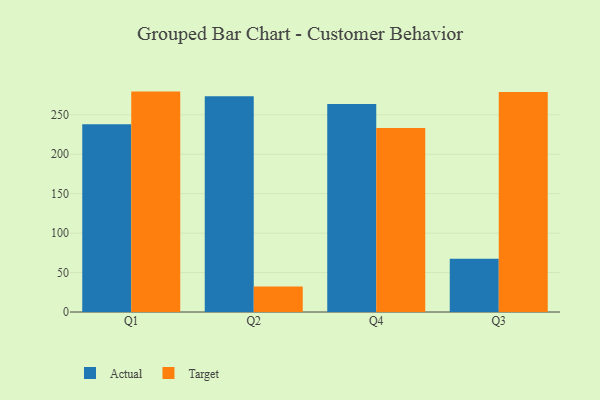
{"axis": {"x": "Quarter", "y": "Latency (ms)"}, "legend": ["Actual", "Target"], "data": [{"x": "Q1", "y": 238.1, "type": "Actual"}, {"x": "Q1", "y": 279.4, "type": "Target"}, {"x": "Q2", "y": 273.6, "type": "Actual"}, {"x": "Q2", "y": 32.2, "type": "Target"}, {"x": "Q4", "y": 263.6, "type": "Actual"}, {"x": "Q4", "y": 233.2, "type": "Target"}, {"x": "Q3", "y": 67.5, "type": "Actual"}, {"x": "Q3", "y": 278.8, "type": "Target"}]}